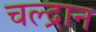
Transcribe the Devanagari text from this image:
चल्द्रान